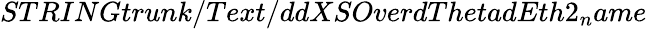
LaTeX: STRINGtrunk/Text/ddXSOverdThetadEth2_{n}ame